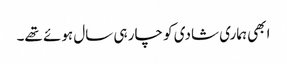
ابھی ہماری شادی کو چار ہی سال ہوئے تھے۔